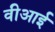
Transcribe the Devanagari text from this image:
वीआई